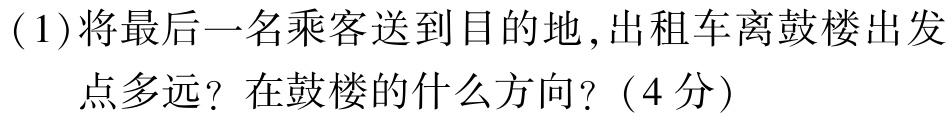
(1)将最后一名乘客送到目的地，出租车离鼓楼出发点多远？在鼓楼的什么方向？（4分）